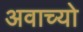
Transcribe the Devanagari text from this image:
अवाच्यो